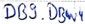
Text: DB9.DBW4